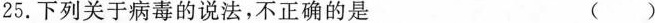
25.下列关于病毒的说法，不正确的是 ( )